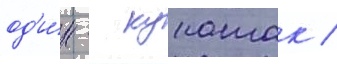
од'и́н - кунашак /